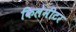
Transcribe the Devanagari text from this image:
किलेमीटर